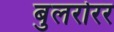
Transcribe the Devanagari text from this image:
बुलरोरर